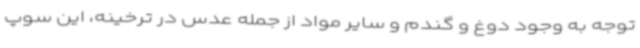
توجه به وجود دوغ و گندم و سایر مواد از جمله عدس در ترخینه، این سوپ